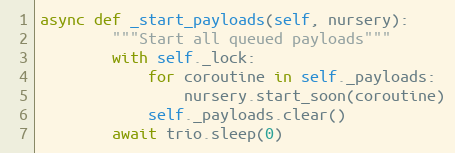
Language: Python
async def _start_payloads(self, nursery):
        """Start all queued payloads"""
        with self._lock:
            for coroutine in self._payloads:
                nursery.start_soon(coroutine)
            self._payloads.clear()
        await trio.sleep(0)